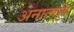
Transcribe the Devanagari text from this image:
अनात्मत्व